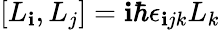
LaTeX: \left[L_{\mathbf{i}},L_{j}\right]=\mathbf{i}\hbar\epsilon_{\mathbf{i}jk}L_{k}